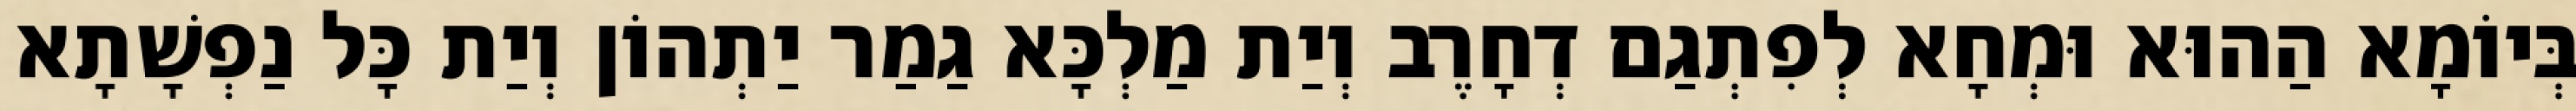
בְּיוֹמָא הַהוּא וּמְחָא לְפִתְגַם דְחָרֶב וְיַת מַלְכָּא גַמַר יַתְהוֹן וְיַת כָּל נַפְשָׁתָא